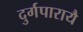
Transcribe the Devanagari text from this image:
दुर्गपारायै